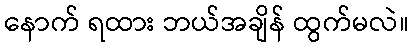
နောက် ရထား ဘယ်အချိန် ထွက်မလဲ။